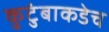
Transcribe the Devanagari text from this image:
कुटुंबाकडेच